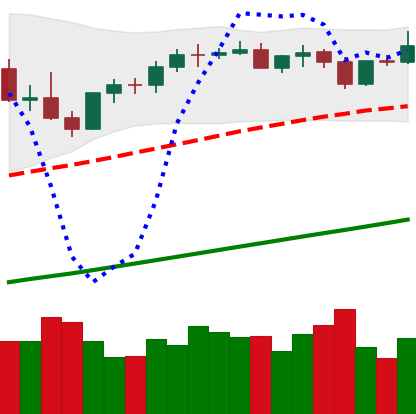
Ticker: BTC-USD
Chart end date: 2021-04-10
Forward return: 5.888%
Label: up_5_7